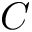
C